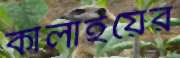
কালাইয়ের